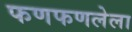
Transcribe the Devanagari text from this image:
फणफणलेला